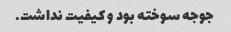
جوجه سوخته بود و کیفیت نداشت.